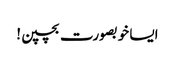
ایسا خوبصورت بچپن!